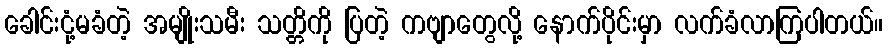
ခေါင်းငုံ့မခံတဲ့ အမျိုးသမီး သတ္တိကို ပြတဲ့ ကဗျာတွေလို့ နောက်ပိုင်းမှာ လက်ခံလာကြပါတယ်။